Vital statistics of India. Vol. IV, Annual returns from 1871 to 1876. British Army of India, Native Army and jails of Bengal
Year: 1871
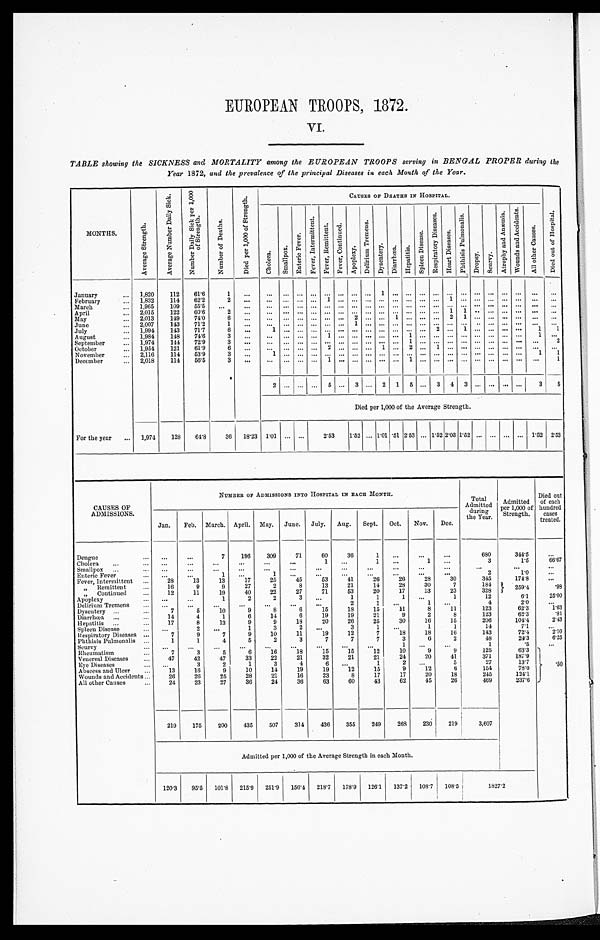
EUROPEAN TROOPS, 1872.
VI.
TABLE showing the SICKNESS and MORTALITY among the EUROPEAN TROOPS serving in BENGAL PROPER during the
Year 1872, and the prevalence of the principal Diseases in each Month of the Year.
MONTHS.
A v e r a g e S t r e n g t h .
A v e r a g e N u m b e r D a i l y S i c k .
N u m b e r D a i l y S i c k p e r 1 , 0 0 0 o f S t r e n g t h .
N u m b e r o f D e a t h s .
D i e d p e r 1 , 0 0 0 o f S t r e n g t h .
CAUSES OF DEATHS IN HOSPITAL.
D i e d o u t o f H o s p i t a l .
C h o l e r a .
S m a l l p o x .
E n t e r i c F e v e r .
F e v e r , I n t e r m i t t e n t .
F e v e r , R e m i t t e n t .
F e v e r , C o n t i n u e d .
A p o p l e x y .
D e l i r i u m T r e m e n s .
D y s e n t e r y . D i a r r h œ a .
H e p a t i t i s .
S p l e e n D i s e a s e .
R e s p i r a t o r y D i s e a s e s .
H e a r t D i s e a s e s .
P h t h i s i s P u l m o n a l i s .
Dropsy. Scurvy.
A t r o p h y a n d A n æ m i a .
W o u n d s a n d A c c i d e n t s .
A l l o t h e r C a u s e s .
January
...
1,820
112
61.6
1
...
... ... ... ... ... ... ... ...
1
. . .
.............................. ...
February
... 1,832
114
62.2
2
...
... ... ... ...
1 ......... ... ... ... ... ...
1 ... ...... ... ... ... ...
March
... 1,965
109
55.5
...
...
... ... ... ... ... ... ... ... ... ... ... ... ... ... ... ... ... ... ... ...
...
April
... 2,015
122
60.6
2 ...
... ... ... ... ... ... ... ... ... ... ... ... ...
1 1 ............... ...
May
... 2,013
149
74.0
6 ...
... ... ... ... ... ...
2 ......1 .........
2
1 ............... ...
June
... 2,007
143
71.2
1
...
...
... ... ... ... ...
1 ....................................... ...
J u l y . . .
1,994
143
71.7
6 ...
1 ......... ... ... ... ... ... ... ... ... 2 ... 1 ............
1
1
August ...
1,984
148
74.6
3 ...
...
... ... ...
1 ...............
1 ... ... ... ... ... ... ... ...
1 ...
September ...
1,974
144
72.9
3
...
... ... ... ... ... ... ... ... ... ...
1 ...........................
2
October
... 1,954
121
61.9
6
... ... .........
2 .........
1 ...
2 ...
1 ..................... ...
November ...
2,116
114
53.9
3 ...
1 ......................................................
1
1
December
... 2,018
114
56.5
3
... ... .........
1 ...............
1 ..................
... ...
...
1
2
.........
5 ...
3 ...
2
1
5 ...
3
4
3 ............
3
5
Died per 1,000 of the Average Strength.
For the year ...
1,974
128
64.8
36
18.23 1.01 ... ...
2.53
1.52 ... 1.01 .51 2.53 ... 1.52 2.03 1.52 ... ... ... ... 1.52 2.53
CAUSES OF
ADMISSIONS.
NUMBER OF ADMISSIONS INTO HOSPITAL IN EACH MONTH.
Total
Admitted
during
the Year.
Admitted
per 1,000 of
Strength.
Died out
of each
hundred
cases
treated.
Jan.
Feb. March. April. May. June. July.
Aug.
Sept.
Oct.
Nov.
Dec.
Dengue
...
...
...
7
196
309
71
60
36
1 ...
...
...
680
344.5
...
Cholera
...
...
...
...
...
... ...
...
1
...
1
...
1
...
3
1 . 5
66.67
Smallpox ...
...
...
... ...
... ...
...
...
...
...
...
...
...
...
...
Enteric Fever
...
...
...
1 ...
1
...
...
...
... ...
...
...
2
1.0
...
Fever, Intermittent ...
28
13
13
17
25
45
53
41
26
26
28
30
345
174.8
...
„ Remittent ...
16
9
9
27
2
8
13
21
14
28
30
7
184
259.4
. 9 8
„ Continued ...
12
11
19
40
22
27
71
53
20
17
13
23
328
Apoplexy
...
...
...
1
2
2
3 ...
1
1
1 ...
1
12
6.1
25.00
Delirium Tremens
...
...
...
...
...
...
...
...
2
1
...
1 ...
4
2.0
. . .
Dysentery ...
...
7
5
10
9
8
6
15
18
15
11
8
11
123
62.3
1.63
Diarrhœa ...
14
4
1
6
14
6
19
19
21
9
2
8
123
62.3
. 8 1
Hepatitis ...
...
17
8
13
9
9
18
20
26
25
30
16
15
206
104.4
2.43
Spleen Disease
...
...
2 ...
1
3
2 ...
3
1
...
1
1
14
7.1
...
Respiratory Diseases ...
7
9
7
9
10
11
19
12
7
18
18
16
143
72.4
2.10
Phthisis Pulmonalis ...
1
1
4
5
2
3
7
7
7
3
6
2
48
24.3
6.25
Scurvy
...
...
...
...
...
...
...
...
...
...
1
...
...
1
.5
. . .
Rheumatism
...
7
3
5
6
16
18
15
15
12
10
9
9
125
63.3
. 5 0
Venereal Diseases
...
47
42
47
33
22
21
32
21
21
24
20
41
371
187.9
Eye Diseases
...
...
3
2
1
3
4
6
...
1
2 ...
5
27
13.7
Abscess and Ulcer
...
13
16
9
10
14
19
19
12
15
9
12
6
154
78.0
Wounds and Accidents...
26
26
25
28
21
16
23
8
17
17
20
18
245
124.1
All other Causes
...
24
23
27
36
24
36
63
60
43
62
45
26
469
237.6
219
175
200
435
507
314
436
355
249
268
230
219
3,607
Admitted per 1,000 of the Average Strength in each Month.
120.3
95.5 101.8 215.9 251.9 156.4 218.7 178.9 126.1 137.2 108.7 108.5
1827.2